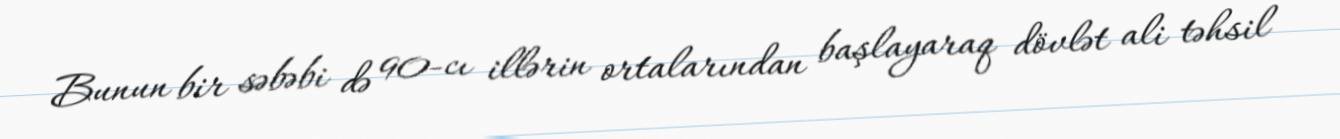
Bunun bir səbəbi də 90-cı illərin ortalarından başlayaraq dövlət ali təhsil